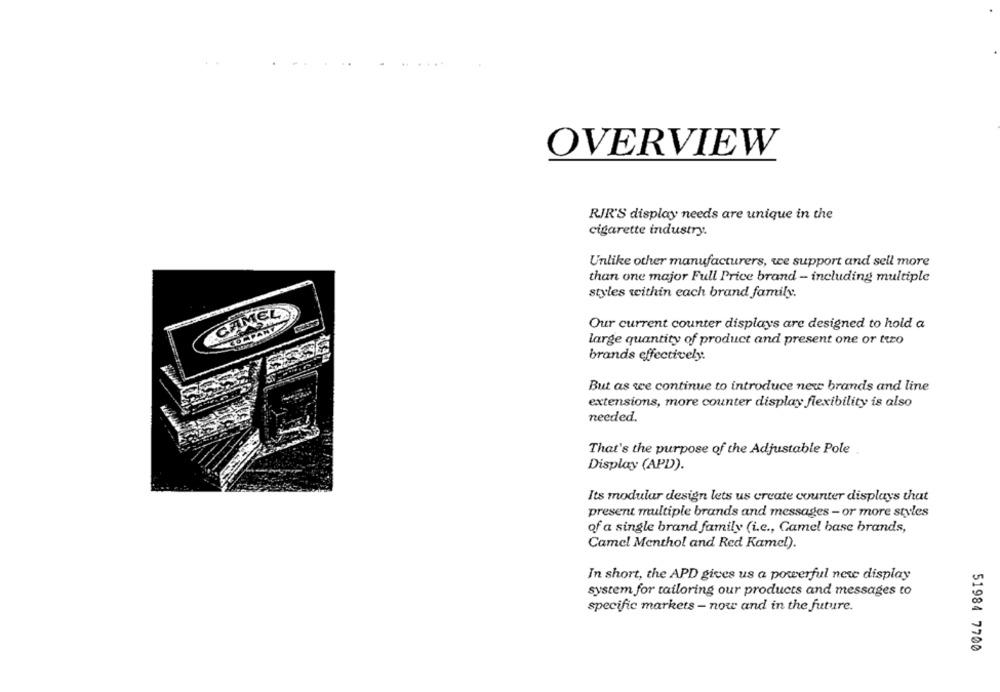
OVERVIEW
RIR'S display needs are unique in the
cigarette industry.
Unlike other manufacturers, we support and sell more
than one major Full Price brand - including multiple
styles within each brand family.
CAMEL
Our current counter displays are designed to hold a
large quantity of product and present one or tto
brands effectively.
But as we continue to introduce new brands and line
extensions, more counter display flexibility is also
needed.
That's the purpose of the Adjustable Pole
Display (APD).
Its modular design lets us create counter displays that
present multiple brands and messages - or more styles
of a single brand family (i.e ., Camel base brands,
Camel Menthol and Red Kamel).
In short, the APD gives us a powerful nete display
system for tailoring our products and messages to
specific markets - now and in the future.
51984 7700